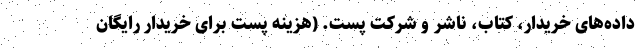
داده‌های خریدار، کتاب، ناشر و شرکت پست. (هزینه پست برای خریدار رایگان